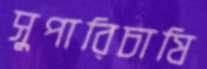
সুপারিচাষি